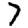
Digit: 7